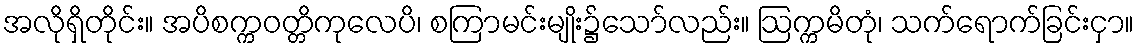
အလိုရှိတိုင်း။ အပိစက္ကဝတ္တိကုလေပိ၊ စကြာမင်းမျိုး၌သော်လည်း။ ဩက္ကမိတုံ၊ သက်ရောက်ခြင်းငှာ။